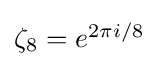
{\textstyle \zeta _{8}=e^{2\pi i/8}}